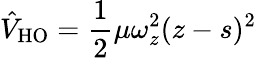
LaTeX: \hat{V}_{\mathrm{{HO}}}=\frac{1}{2}\mu\omega_{z}^{2}(z-s)^{2}